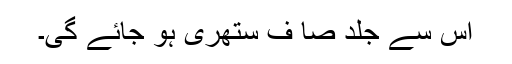
اس سے جلد صا ف ستھری ہو جائے گی۔